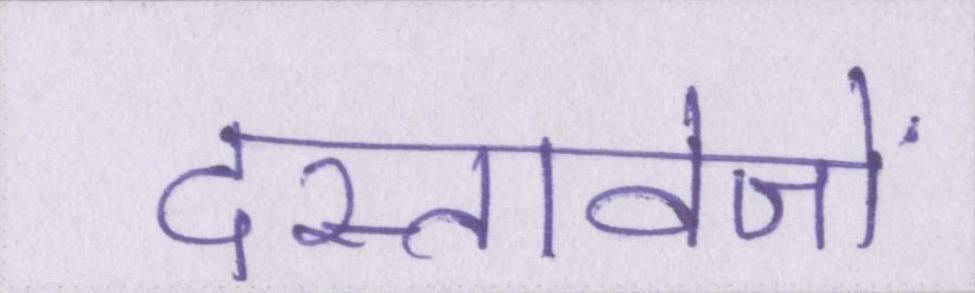
दस्तावेजों